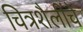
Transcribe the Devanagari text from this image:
चित्रशैलींचे